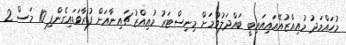
މުހައްމަދު މުއިއްޒުއޭއައިއައިބީ ބައްދަލުވުމަށް މިނިސްޓަރު މުއިއްޒު ޗައިނާއަށް ފުރާވަޑައިގެންފި 10 މަސް 2